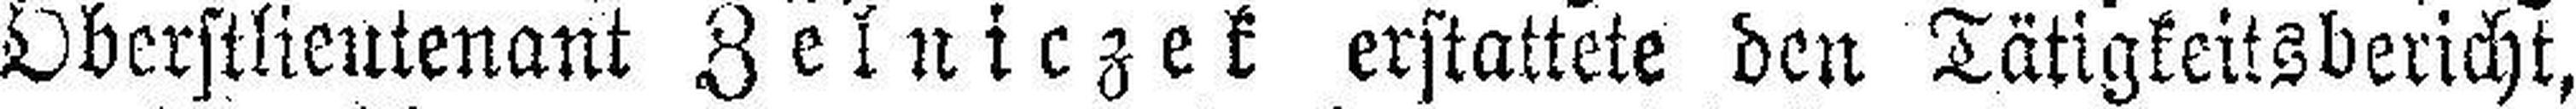
Oberstlieutenant Zelniczek erstattete den Tätigkeitsbericht,